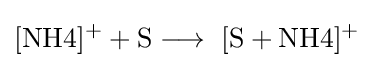
{{\mathrm {[NH4]^{+}} }{}+{}\mathrm {S} {}\mathrel {\longrightarrow } {}{\mathrm {~[{S}+NH4]^{+}} }}